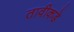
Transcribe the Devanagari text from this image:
तावीकडे